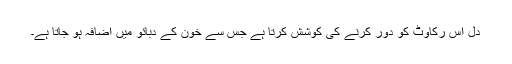
دل اس رکاوٹ کو دور کرنے کی کوشش کرتا ہے جس سے خون کے دبائو میں اضافہ ہو جاتا ہے۔